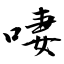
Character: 啛